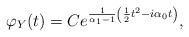
LaTeX: \begin{align*} \varphi_Y(t) = C e^{\frac{1}{\alpha_1-1}\left( \frac12 t^2 - i \alpha_0 t \right)},\end{align*}